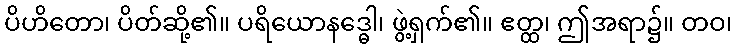
ပိဟိတော၊ ပိတ်ဆို့၏။ ပရိယောနဒ္ဓေါ၊ ဖွဲ့ရှက်၏။ ဧတ္ထ၊ ဤအရာ၌။ တဝ၊